Civil Veterinary Department. United Provinces 1912-22 - 1912-1922
Year: 1912
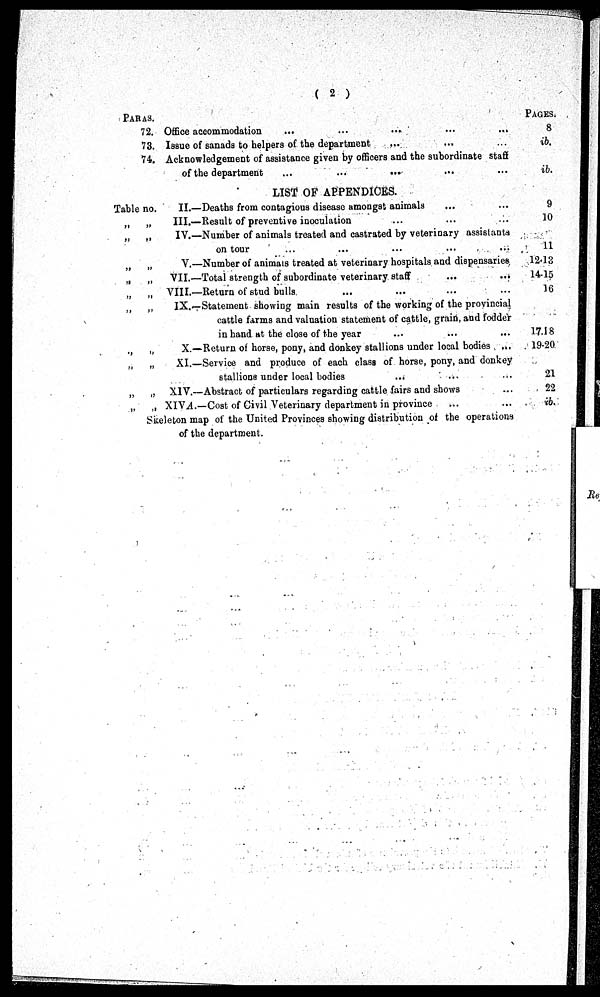
(2)
PARAS.
72.
73.
74.
Office accommodation
...
...
... ... ...
Issue of sanads to helpers of the department
... ... ...
Acknowledgement of assistance given by officers and the subordinate staff
of the department
...
...
... ... ...
PAGES.
8
ib.
ib.
LIST OF APPENDICES.
Table no.
„
„
„ „
„
„
„
„
„ „
„ „
„
„
„
„
„
„
„ „
II.—Deaths from contagious disease amongst animals ... ...
III.—Result of preventive inoculation
...
...
...
IV.—Number of animals treated and castrated by veterinary assistants
on tour ... ... ... ... ...
V.—Number of animals treated at veterinary hospitals and dispensaries
VII.—Total strength of subordinate veterinary staff
...
...
VIII.—Return of stud bulls. ... ... ... ...
IX.—Statement showing main results of the working of the provincial
cattle farms and valuation statement of cattle, grain, and fodder
in hand at the close of the year ... ... ...
X.—Return of horse, pony, and donkey stallions under local bodies ... ... ...
XI.—Service and produce of each class of horse, pony, and donkey
stallions under local bodies ... ... ...
XIV.—Abstract of particulars regarding cattle fairs and shows ...
XIVA.—Cost of Civil Veterinary department in province ... ...
Skeleton map of the United Provinces showing distribution of the operations
of the department.
9
10
11
12.13
14.15
16
17.18
19.20
21
22
ib.